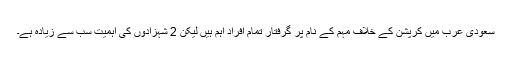
سعودی عرب میں کرپشن کے خلاف مہم کے نام پر گرفتار تمام افراد اہم ہیں لیکن 2 شہزادوں کی اہمیت سب سے زیادہ ہے۔